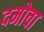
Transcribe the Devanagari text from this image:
दमोवा